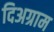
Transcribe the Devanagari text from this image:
दिअग्राम